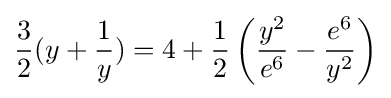
{\frac {3}{2}}(y+{\frac {1}{y}})=4+{\frac {1}{2}}\left({\frac {y^{2}}{e^{6}}}-{\frac {e^{6}}{y^{2}}}\right)